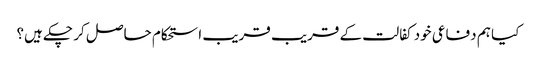
کیا ہم دفاعی خود کفالت کے قریب قریب استحکام حاصل کر چکے ہیں؟